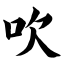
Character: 吹